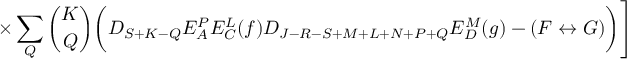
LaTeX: \times \sum _ { Q } { \binom { K } { Q } } \biggl ( D _ { S + K - Q } E _ { A } ^ { P } E _ { C } ^ { L } ( f ) D _ { J - R - S + M + L + N + P + Q } E _ { D } ^ { M } ( g ) - ( F \leftrightarrow G ) \biggr ) \Biggr ]